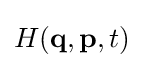
H(\mathbf {q} ,\mathbf {p} ,t)